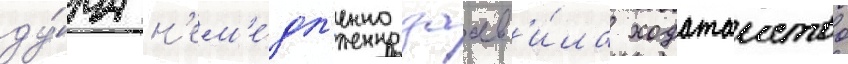
ду́ма н'ем'е́дл'енно заав'и́ла ходатаиство